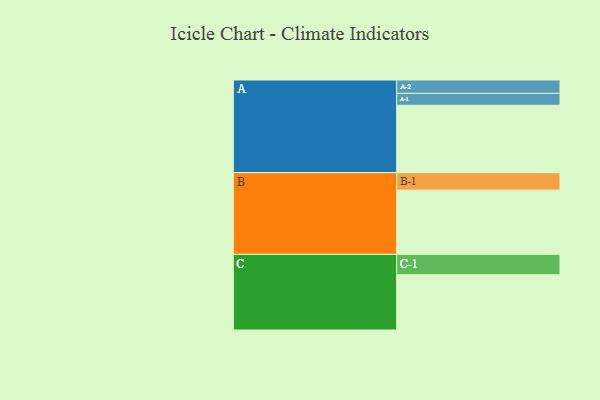
{"axis": {"x": "Segment", "y": "Value"}, "legend": ["", "A", "B", "C"], "data": [{"x": "A", "y": 510, "type": ""}, {"x": "B", "y": 486, "type": ""}, {"x": "C", "y": 418, "type": ""}, {"x": "A-1", "y": 90, "type": "A"}, {"x": "A-2", "y": 101, "type": "A"}, {"x": "B-1", "y": 132, "type": "B"}, {"x": "C-1", "y": 154, "type": "C"}]}